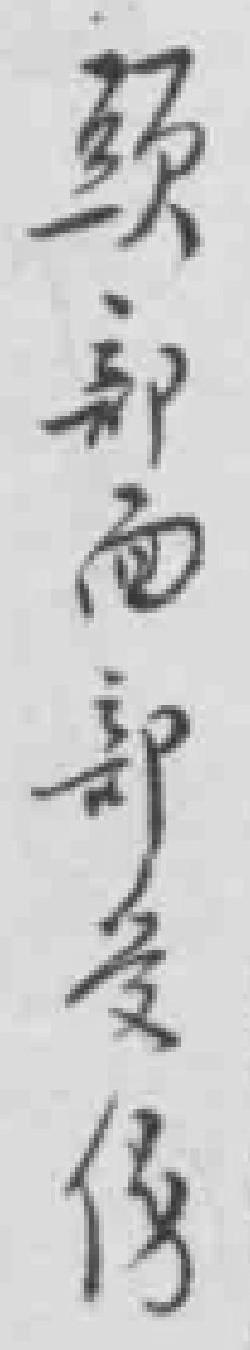
頭部面部受伤